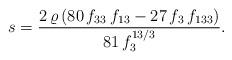
LaTeX: \begin{align*} s =\frac{2\, \varrho\left( 80\, f_{33}\, f_{13}-27\, f_3\, f_{133}\right) }{81\, f_3^{13/3}}. \end{align*}